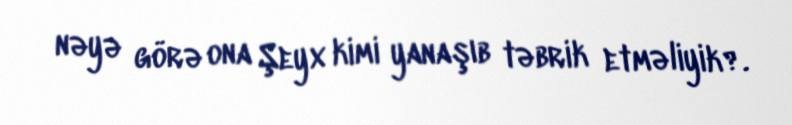
nəyə görə ona Şeyx kimi yanaşıb təbrik etməliyik?.